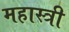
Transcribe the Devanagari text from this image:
महास्त्री